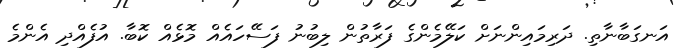
އަނގަބާނާތި. ދަރިމައިންނަށް ކަލޭމެންގެ ފަރާތުން ލިބުނު ފަސޭހައެއް މޮޅެއް ކޮބާ. އުފެއްދި އެންމެ